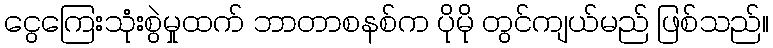
ငွေကြေးသုံးစွဲမှုထက် ဘာတာစနစ်က ပိုမို တွင်ကျယ်မည် ဖြစ်သည်။